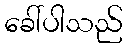
ခေါ်ပါသည်